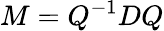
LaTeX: M=Q^{-1}DQ